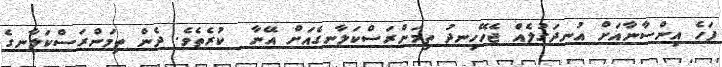
ފަހެ އިންސާނާއަށް އުނދަގުލެއް ޖެހޭހިނދު ތިމަންރަސްކަލާނގެއަށް އޭނާ  ކުރެތެވެ. ދެން ތިމަންރަސްކަލާނގެ